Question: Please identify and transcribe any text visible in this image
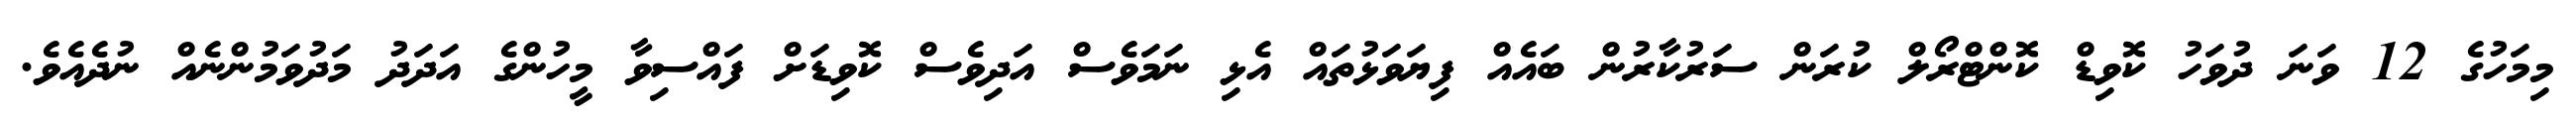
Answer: މިމަހުގެ 12 ވަނަ ދުވަހު ކޮވިޑް ކޮންޓްރޯލް ކުރަން ސަރުކާރުން ބައެއް ފިޔަވަޅުތައް އެޅި ނަމަވެސް އަދިވެސް ކޮވިޑަށް ފައްސިވާ މީހުންގެ އަދަދު މަދުވަމުންނެއް ނުދެއެވެ.